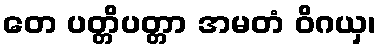
တေ ပတ္တိပတ္တာ အမတံ ဝိဂယှ၊